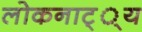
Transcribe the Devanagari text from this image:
लोकनाट््य